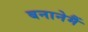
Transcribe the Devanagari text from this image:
बनानेमैं